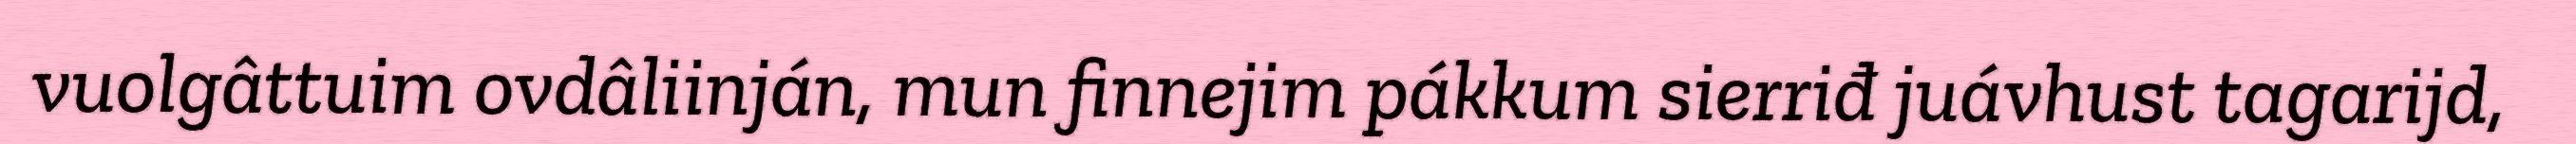
vuolgâttuim ovdâliinján, mun finnejim pákkum sierriđ juávhust tagarijd,